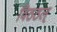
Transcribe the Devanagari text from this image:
विठठल्